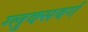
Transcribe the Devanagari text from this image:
ग्लुक्सबर्ग